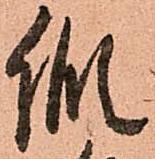
縦